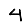
Digit: 4